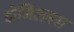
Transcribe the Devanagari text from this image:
दोमिलबन